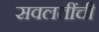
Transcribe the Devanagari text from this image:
सवलतींची